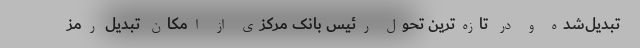
تبدیل‌شده و در تازه‌ترین تحول رئیس بانک مرکزی از امکان تبدیل رمز